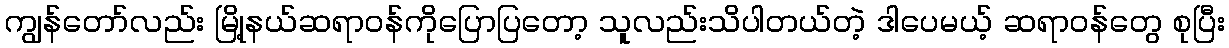
ကျွန်တော်လည်း မြို့နယ်ဆရာဝန်ကိုပြောပြတော့ သူလည်းသိပါတယ်တဲ့ ဒါပေမယ့် ဆရာဝန်တွေ စုပြီး